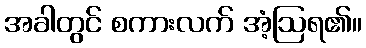
အခါတွင် စကားလက် အံ့ဩရ၏။